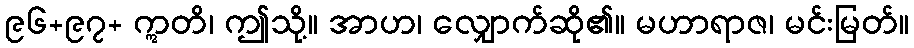
၉၆+၉၇+ ဣတိ၊ ဤသို့။ အာဟ၊ လျှောက်ဆို၏။ မဟာရာဇ၊ မင်းမြတ်။